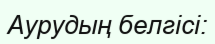
Аурудың белгісі: